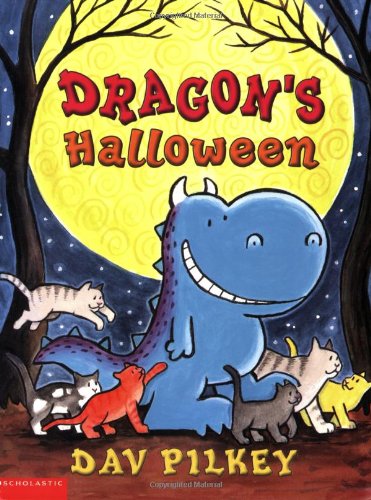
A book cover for Dragon's Halloween (Dragon Tales (Random House Paperback)); Dav Pilkey; Children's Books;